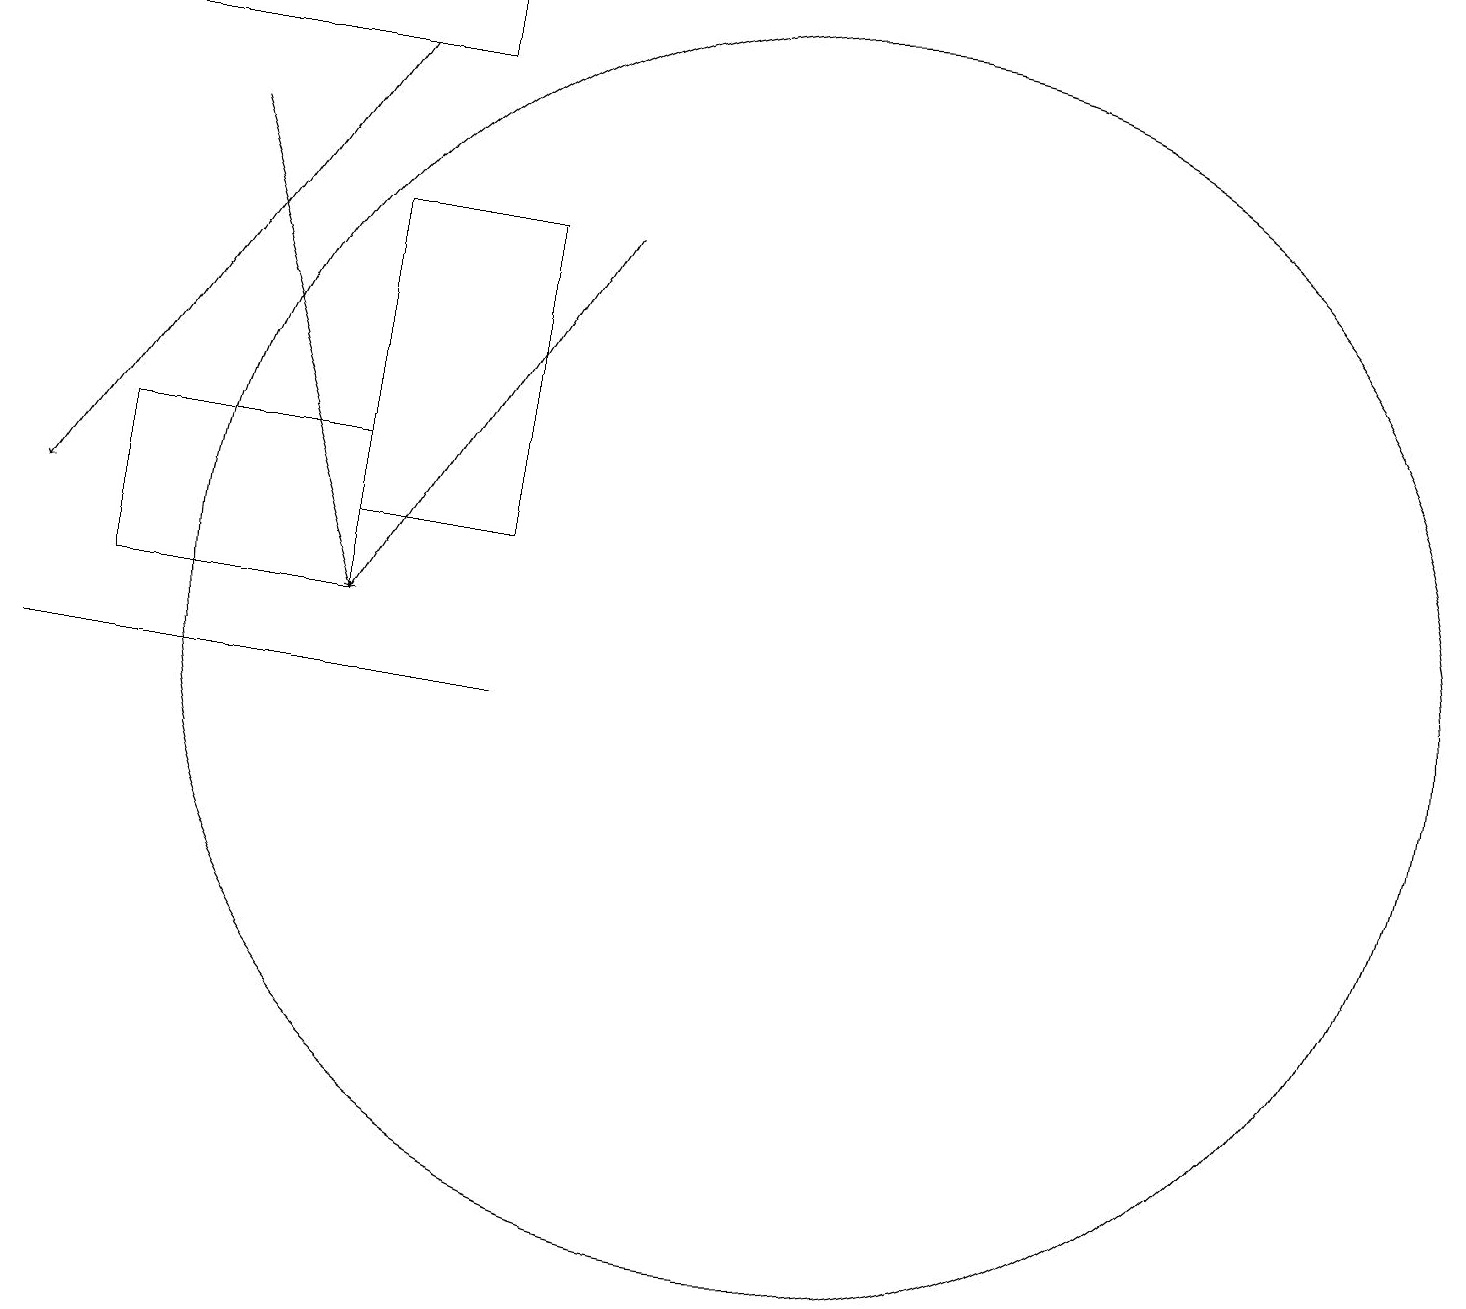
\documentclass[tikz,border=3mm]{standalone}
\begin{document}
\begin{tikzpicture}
\draw (10,11) circle (8);
\draw (6,10) rectangle (0,10);
\draw[->] (7,16) -- (4,11);
\draw[->] (2,17) -- (4,11);
\draw (4,11) rectangle (1,13);
\draw (1,19) rectangle (5,18);
\draw[->] (4,18) -- (0,12);
\draw (6,16) rectangle (4,12);
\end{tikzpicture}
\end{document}